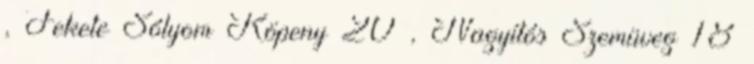
, Fekete Sólyom Köpeny 20 , Nagyítós Szemüveg 18